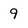
Character: 9